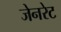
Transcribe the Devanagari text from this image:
जेनरेट